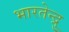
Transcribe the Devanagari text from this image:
भारतेन्द्रु